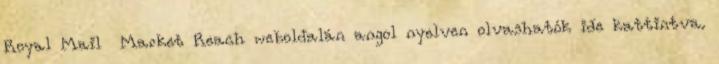
Royal Mail Market Reach weboldalán angol nyelven olvashatók ide kattintva.